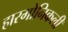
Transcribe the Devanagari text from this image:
हारमोनिकली